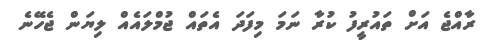
ރާއްޖެ އަށް ތައުރީފު ކުރާ ނަމަ މިފަދަ އެތައް ޖުމްލައެއް ލިޔަން ޖެހޭނެ